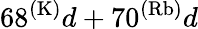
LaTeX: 68^{(\mathrm{K)}}d+70^{(\mathrm{Rb)}}d